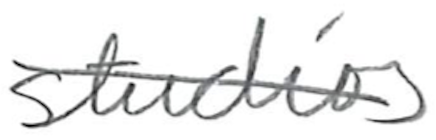
Text: studios
Cross-out: mix
Writing tool: pencil